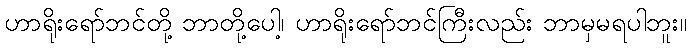
ဟာရိုးရော်ဘင်တို့ ဘာတို့ပေါ့၊ ဟာရိုးရော်ဘင်ကြီးလည်း ဘာမှမရပါဘူး။